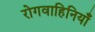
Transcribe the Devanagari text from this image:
रोगवाहिनियाँ